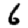
Digit: 6